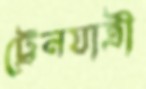
ট্রেনযাত্রী